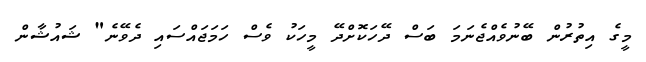
މީގެ އިތުރުން ބޭނުވެއްޖެނަމަ ބަސް ދޭހަކޮށްދޭ މީހަކު ވެސް ހަމަޖައްސައި ދެވޭނެ" ޝައުޝާން